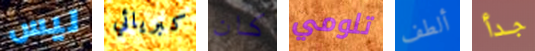
ليس كبريائي كان تلومي ألطف جدأ